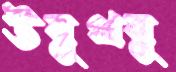
উবুথবু